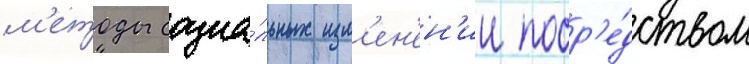
м'етоды социа́льных изм'ен'ен'ии поср'е́дством